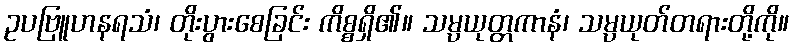
ဥပဗြူဟနရသံ၊ တိုးပွားစေခြင်း ကိစ္စရှိ၏။ သမ္ပယုတ္တကာနံ၊ သမ္ပယုတ်တရားတို့ကို။